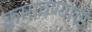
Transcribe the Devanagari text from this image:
कमावण्याची